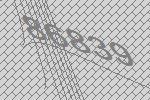
86839